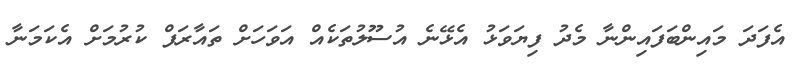
އެފަދަ މައިންބަފައިންނާ މެދު ފިޔަވަޅު އެޅޭނެ އުސޫލުތަކެއް އަވަހަށް ތައާރަފް ކުރުމަށް އެކަމަނާ